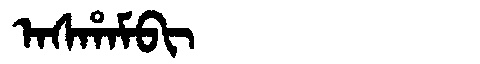
Manchu: ᠠᠰᡥᠠᠮᠪᡳ
Romanization: ASHAMBI